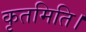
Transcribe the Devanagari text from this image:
कृतमिति।